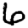
Digit: 6